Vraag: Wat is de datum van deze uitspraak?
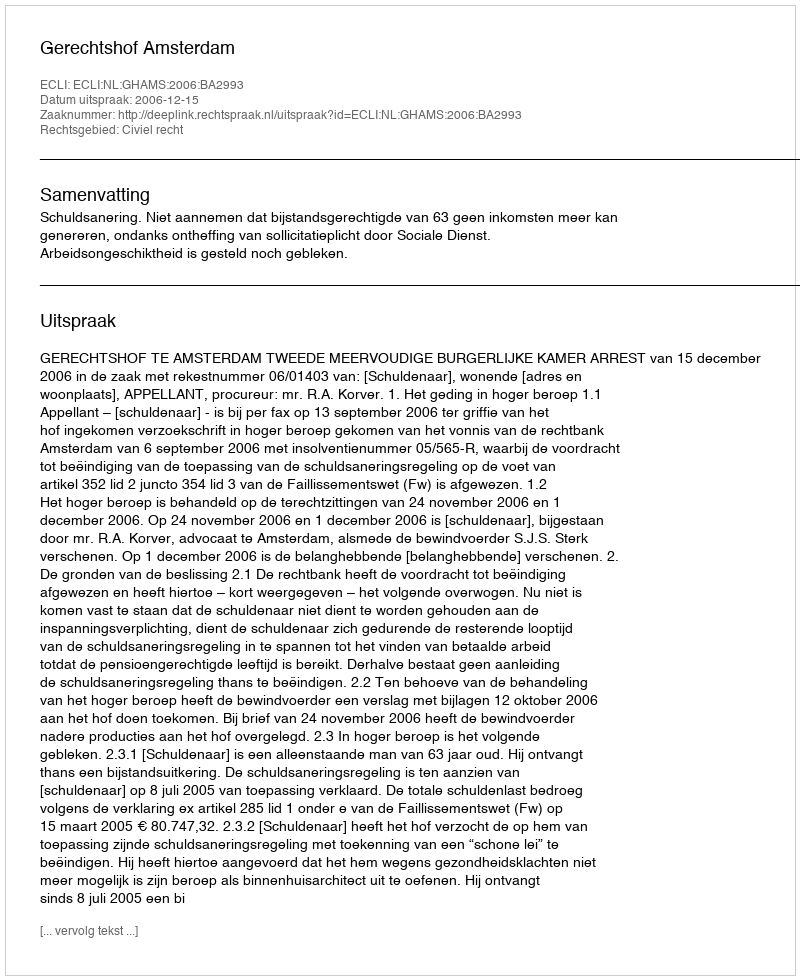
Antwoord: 2006-12-15